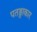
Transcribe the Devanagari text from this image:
पतङ्गाकार